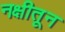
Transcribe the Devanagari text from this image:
नक्षीतून